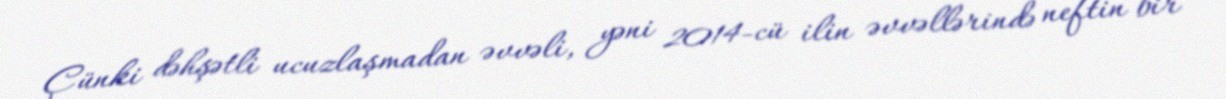
Çünki dəhşətli ucuzlaşmadan əvvəli, yəni 2014-cü ilin əvvəllərində neftin bir